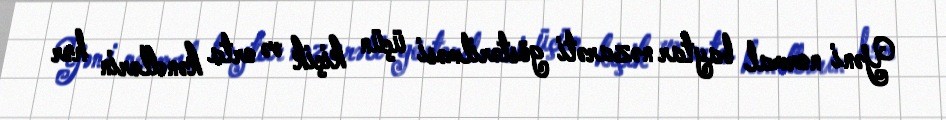
Yəni normal baytar nəzarəti göstərilməsi üçün kiçik və orta kəndlərin hər